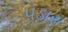
પડાર